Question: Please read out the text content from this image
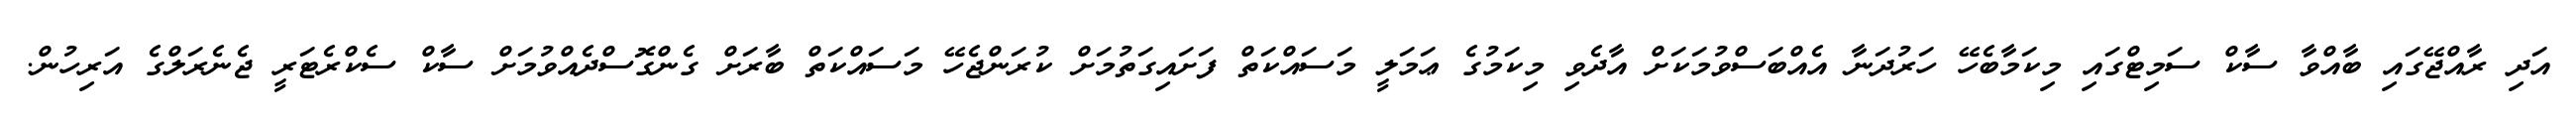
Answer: އަދި ރާއްޖޭގައި ބާއްވާ ސާކް ސަމިޓްގައި މިކަމާބެހޭ ހަރުދަނާ އެއްބަސްވުމަކަށް އާދެވި މިކަމުގެ ޢަމަލީ މަސައްކަތް ފަށައިގަތުމަށް ކުރަންޖެހޭ މަސައްކަތް ބާރަށް ގެންގޮސްދެއްވުމަށް ސާކް ސެކްރެޓަރީ ޖެނެރަލްގެ އަރިހުން.